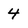
Character: 4